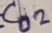
Text: C02